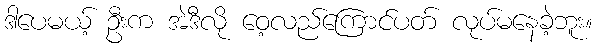
ဒါပေမယ့် ဦးက အဲဒီလို ဝေ့လည်ကြောင်ပတ် လုပ်မနေခဲ့ဘူး။